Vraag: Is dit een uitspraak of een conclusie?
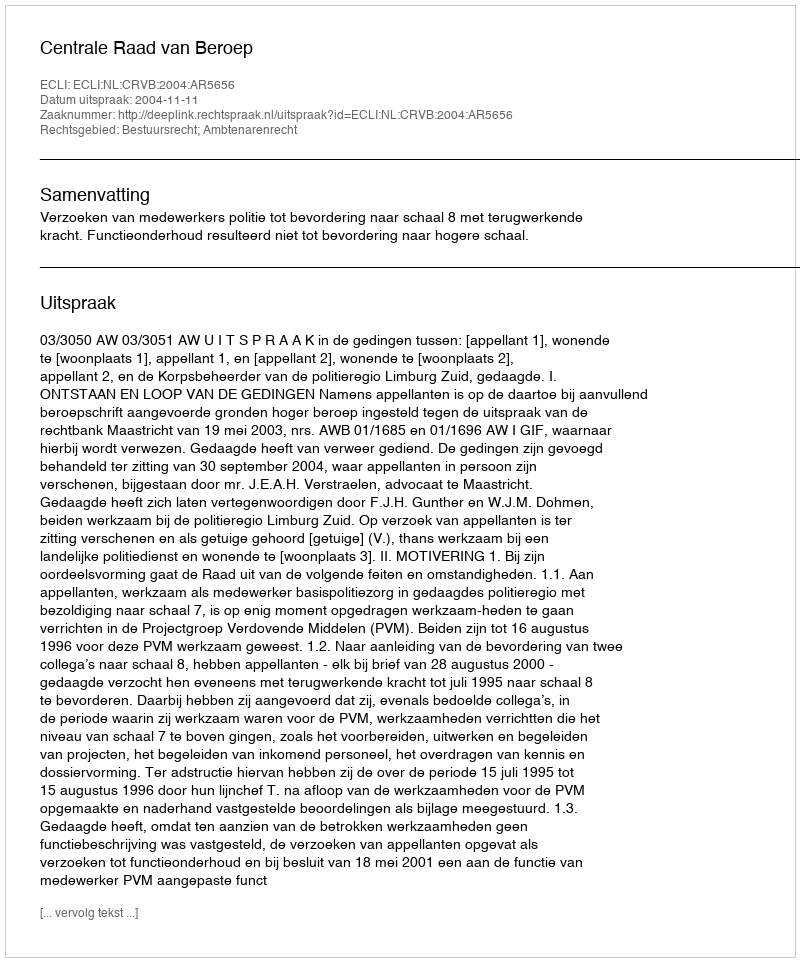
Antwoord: Uitspraak